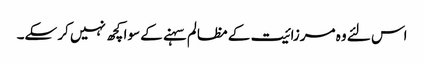
اس لئے وہ مرزائیت کے مظالم سہنے کے سوا کچھ نہیں کر سکے۔